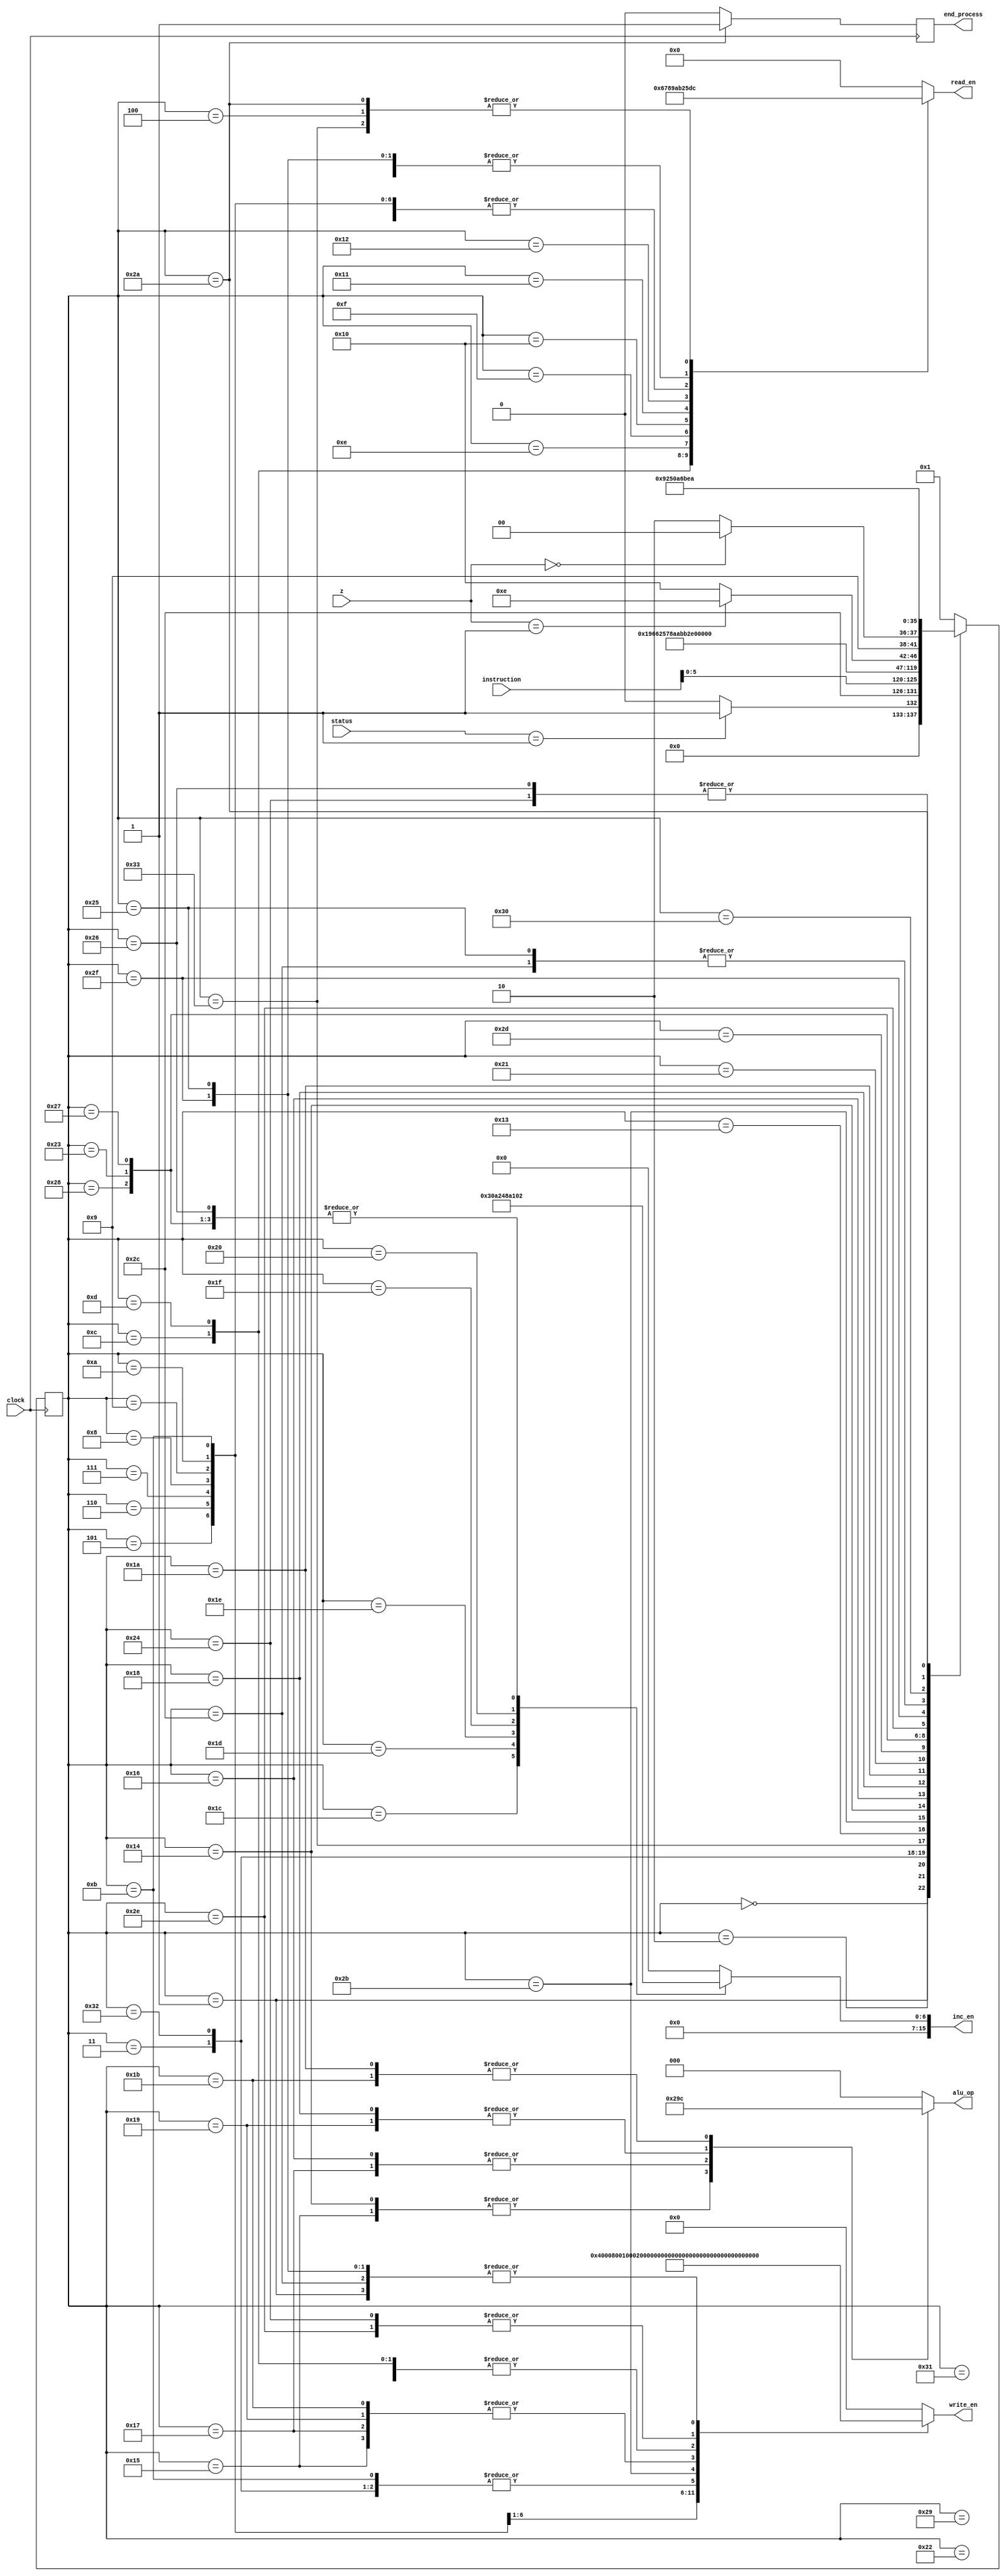
//Control unit

module control(input clock, 
					input [15:0] z, 
					input [15:0] instruction,
					output reg [2:0] alu_op, 
					output reg [15:0] write_en, 
					output reg [15:0] inc_en, 
					output reg [3:0] read_en,
					output reg end_process, 
					input [1:0] status ); 
					 
reg [5:0] present = 6'd0; 
reg [5:0] next = 6'd0; 

parameter 
fetch1 = 6'd1, 
fetch2 = 6'd2, 
loadac1 = 6'd3, 
loadac2 = 6'd4, 
loadac1x = 6'd50, 
loadac2x = 6'd51, 
movacr = 6'd5, 
movacr1 = 6'd6, 
movacr2 = 6'd7, 
movacr3 = 6'd8, 
movacr4 = 6'd9, 
movacr5 = 6'd10, 
movacdar = 6'd11, 
movrac = 6'd12, 
movr1ac = 6'd13, 
movr2ac = 6'd14, 
movr3ac = 6'd15, 
movr4ac = 6'd16, 
movr5ac = 6'd17, 
movdarac = 6'd18, 
stac = 6'd19, 
stacx = 6'd49, 
stacy = 6'd52, 
add1 = 6'd20, 
add2 = 6'd21, 
sub1 = 6'd22, 
sub2 = 6'd23, 
lshift1 = 6'd24, 
lshift2 = 6'd25, 
rshift1 = 6'd26,
rshift2 = 6'd27, 
incac = 6'd28, 
incdar = 6'd29, 
incr1 = 6'd30, 
incr2 = 6'd31, 
incr3 = 6'd32, 
loadim1 = 6'd33, 
loadim2 = 6'd34, 
loadimx = 6'd45, 
jumpz1 = 6'd35, 
jumpz2 = 6'd36, 
jumpz3 = 6'd37, 
jumpz4 = 6'd38, 
jumpz2x = 6'd46, 
jumpz3x = 6'd47, 
jumpz4x = 6'd48, 
jumpnz1 = 6'd39, 
jump1 = 6'd40, 
nop = 6'd41, 
endop = 6'd42, 
fetchx = 6'd44, 
stac2 = 6'd43, 
idle = 6'd0; 

always @(posedge clock) 
		present <= next; 
		
always @(posedge clock) 
		begin 
				if (present == endop) 
						end_process <= 1'd1; 
				else 
						end_process <= 1'd0; 
		end 

always @(present or z or instruction or status) 
		case(present) 
				idle: begin 
				read_en <= 4'd0; 
				write_en <= 16'b0000000000000000; 
				inc_en <= 16'b0000000000000000; 
				alu_op <= 3'd0; 
				if (status == 2'b01) 
						next <= fetch1; 
				else
						next <= idle; 
				end 
				
				fetch1: begin 
				read_en <= 4'd13; 
				write_en <= 16'b0000000000010000; 
				inc_en <= 16'b0000000000000000; 
				alu_op <= 3'd0; 
				next <= fetchx; 
				end 
				
				fetchx: begin 
				read_en <= 4'd13; 
				write_en <= 16'b0000000000010000; 
				inc_en <= 16'b0000000000000000; 
				alu_op <= 3'd0; 
				next <= fetch2; 
				end 
				
				fetch2: begin 
				read_en <= 4'd13; 
				write_en <= 16'b0000000000000000; 
				inc_en <= 16'b0000000000000000; 
				alu_op <= 3'd0; 
				next <= instruction[5:0]; 
				end 
				
				loadac1: begin // ac to bus bus to dar 
				read_en <= 4'd5; 
				write_en <= 16'b0000000000000100; 
				inc_en <= 16'b0000000000000000; 
				alu_op <= 3'd0; 
				next <= loadac1x; 
				end 
				
				/*loadac2: begin // ac to bus bus to dar 
				read_en <= 4'd5; 
				write_en <= 16'b0000000000000000; 
				alu_op <= 3'd0; 
				next <= loadac3; 
				end*/ 
				
				/*loadac3: begin 
				read_en <= 4'd12; 
				write_en <= 16'b0000000000100000; // d mem to bus bus to ac 
				alu_op <= 3'd0; 
				next <= loadac4; 
				end*/ 
				
				loadac1x: begin // ac to bus bus to dar 
				read_en <= 4'd5; 
				write_en <= 16'b0000000000000100; 
				inc_en <= 16'b0000000000000000;
				alu_op <= 3'd0; 
				next <= loadac2x; 
				end 
				
				loadac2x: begin 
				read_en <= 4'd12; 
				write_en <= 16'b0000000000100000; // d mem to bus bus to ac 
				inc_en <= 16'b0000000000000000; 
				alu_op <= 3'd0; 
				next <= loadac2; 
				end 
				
				loadac2: begin 
				read_en <= 4'd12; 
				write_en <= 16'b0000000000100000; // d mem to bus bus to ac 
				inc_en <= 16'b0000000000000010; 
				alu_op <= 3'd0; 
				next <= fetch1; 
				end 
				
				movacr: begin 
				read_en <= 4'd5; 
				write_en <= 16'b0000000001000000; 
				inc_en <= 16'b0000000000000010; 
				alu_op <= 3'd0; 
				next <= fetch1; 
				end 
				
				movacr1: begin 
				read_en <= 4'd5; 
				write_en <= 16'b0000000010000000; 
				inc_en <= 16'b0000000000000010; 
				alu_op <= 3'd0; 
				next <= fetch1; 
				end 
				
				movacr2: begin 
				read_en <= 4'd5; 
				write_en <= 16'b0000000100000000; 
				inc_en <= 16'b0000000000000010; 
				alu_op <= 3'd0; 
				next <= fetch1; 
				end 
				
				movacr3: begin 
				read_en <= 4'd5; 
				write_en <= 16'b0000001000000000; 
				inc_en <= 16'b0000000000000010; 
				alu_op <= 3'd0; 
				next <= fetch1; 
				end 
				
				movacr4: begin 
				read_en <= 4'd5; 
				write_en <= 16'b0000010000000000;
				inc_en <= 16'b0000000000000010; 
				alu_op <= 3'd0; 
				next <= fetch1; 
				end 
				
				movacr5: begin 
				read_en <= 4'd5; 
				write_en <= 16'b0000100000000000; 
				inc_en <= 16'b0000000000000010; 
				alu_op <= 3'd0; 
				next <= fetch1; 
				end 
				
				movacdar: begin 
				read_en <= 4'd5; 
				write_en <= 16'b0000000000000100; 
				inc_en <= 16'b0000000000000010; 
				alu_op <= 3'd0; 
				next <= fetch1; 
				end 
				
				movrac: begin 
				read_en <= 4'd6; 
				write_en <= 16'b0000000000100000; 
				inc_en <= 16'b0000000000000010; 
				alu_op <= 3'd0; 
				next <= fetch1; 
				end 
				
				movr1ac: begin 
				read_en <= 4'd7; 
				write_en <= 16'b0000000000100000; 
				inc_en <= 16'b0000000000000010; 
				alu_op <= 3'd0; 
				next <= fetch1; 
				end 
				
				movr2ac: begin 
				read_en <= 4'd8; 
				write_en <= 16'b0000000000100000; 
				inc_en <= 16'b0000000000000010; 
				alu_op <= 3'd0; 
				next <= fetch1; 
				end 
				
				movr3ac: begin 
				read_en <= 4'd9; 
				write_en <= 16'b0000000000100000; 
				inc_en <= 16'b0000000000000010; 
				alu_op <= 3'd0; 
				next <= fetch1; 
				end 
				
				movr4ac: begin 
				read_en <= 4'd10; 
				write_en <= 16'b0000000000100000; 
				inc_en <= 16'b0000000000000010;
				alu_op <= 3'd0; 
				next <= fetch1; 
				end 
				
				movr5ac: begin 
				read_en <= 4'd11; 
				write_en <= 16'b0000000000100000; 
				inc_en <= 16'b0000000000000010; 
				alu_op <= 3'd0; 
				next <= fetch1; 
				end 
				
				movdarac: begin 
				read_en <= 4'd2; 
				write_en <= 16'b0000000000100000; 
				inc_en <= 16'b0000000000000010; 
				alu_op <= 3'd0; 
				next <= fetch1; 
				end 
				
				stac: begin 
				read_en <= 4'd5; 
				write_en <= 16'b0000000000000000; 
				inc_en <= 16'b0000000000000000; 
				alu_op <= 3'd0; 
				next <= stac2; 
				end 
				
				stac2: begin 
				read_en <= 4'd5; 
				write_en <= 16'b0001000000000000; 
				inc_en <= 16'b0000000000000000; 
				alu_op <= 3'd0; 
				next <= stacx; 
				end 
				
				stacx: begin 
				read_en <= 4'd5; 
				write_en <= 16'b0000000000000000; 
				inc_en <= 16'b0000000000000010; 
				alu_op <= 3'd0; 
				next <= fetch1; 
				end 
				
				add1: begin 
				read_en <= 4'd0; 
				write_en <= 16'b0000000000000000; 
				inc_en <= 16'b0000000000000000; 
				alu_op <= 3'd1; 
				next <= add2; 
				end 
				
				add2: begin 
				read_en <= 4'd0; 
				write_en <= 16'b1100000000000000; 
				inc_en <= 16'b0000000000000010;
				alu_op <= 3'd1; 
				next <= fetch1; 
				end 
				
				sub1: begin 
				read_en <= 4'd0; 
				write_en <= 16'b0000000000000000; 
				inc_en <= 16'b0000000000000000; 
				alu_op <= 3'd2; 
				next <= sub2; 
				end 
				
				sub2: begin 
				read_en <= 4'd0; 
				write_en <= 16'b1100000000000000; 
				inc_en <= 16'b0000000000000010; 
				alu_op <= 3'd2; 
				next <= fetch1; 
				end 
				
				lshift1: begin 
				read_en <= 4'd0; 
				write_en <= 16'b0000000000000000; 
				inc_en <= 16'b0000000000000000; 
				alu_op <= 3'd3; 
				next <= lshift2; 
				end 
				
				lshift2: begin 
				read_en <= 4'd0; 
				write_en <= 16'b1100000000000000; 
				inc_en <= 16'b0000000000000010; 
				alu_op <= 3'd3; 
				next <= fetch1; 
				end 
				
				rshift1: begin 
				read_en <= 4'd0; 
				write_en <= 16'b0000000000000000; 
				inc_en <= 16'b0000000000000000; 
				alu_op <= 3'd4; 
				next <= rshift2; 
				end 
				
				rshift2: begin 
				read_en <= 4'd0; 
				write_en <= 16'b1100000000000000; 
				inc_en <= 16'b0000000000000010; 
				alu_op <= 3'd4; 
				next <= fetch1; 
				end 
				
				incac: begin 
				read_en <= 4'd0; 
				write_en <= 16'b0000000000000000; 
				inc_en <= 16'b0000000000000110; 
				alu_op <= 3'd0;
				next <= fetch1; 
				end 
				
				incdar: begin 
				read_en <= 4'd0; 
				write_en <= 16'b0000000000000000; 
				inc_en <= 16'b0000000000001010; 
				alu_op <= 3'd0; 
				next <= fetch1; 
				end 
				
				incr1: begin 
				read_en <= 4'd0; 
				write_en <= 16'b0000000000000000; 
				inc_en <= 16'b0000000000010010; 
				alu_op <= 3'd0; 
				next <= fetch1; 
				end 
				
				incr2: begin 
				read_en <= 4'd0; 
				write_en <= 16'b0000000000000000; 
				inc_en <= 16'b0000000000100010; 
				alu_op <= 3'd0; 
				next <= fetch1; 
				end 
				
				incr3: begin 
				read_en <= 4'd0; 
				write_en <= 16'b0000000000000000; 
				inc_en <= 16'b0000000001000010; 
				alu_op <= 3'd0; 
				next <= fetch1; 
				end 
				
				loadim1: begin 
				read_en <= 4'd0; 
				write_en <= 16'b0000000000000000; 
				inc_en <= 16'b0000000000000010; 
				alu_op <= 3'd0; 
				next <= loadimx; 
				end 
				
				loadimx: begin 
				read_en <= 4'd13; 
				write_en <= 16'b0000000000000000; 
				inc_en <= 16'b0000000000000000; 
				alu_op <= 3'd0; 
				next <= loadim2; 
				end 
				
				loadim2: begin 
				read_en <= 4'd13; 
				write_en <= 16'b0000000000100000; 
				inc_en <= 16'b0000000000000010; 
				alu_op <= 3'd0; 
				next <= fetch1;
				end 
				
				jump1: begin 
				read_en <= 4'd0; 
				write_en <= 16'b0000000000000000; 
				inc_en <= 16'b0000000000000010; 
				alu_op <= 3'd0; 
				next <= jumpz2x; 
				end 
				
				jumpz1: begin 
				read_en <= 4'd0; 
				write_en <= 16'b0000000000000000; 
				inc_en <= 16'b0000000000000010; 
				alu_op <= 3'd0; 
				if (z == 1) 
						next <= jumpz2x; 
				else 
						next <= jumpz4x; 
				end 
				
				jumpnz1: begin 
				read_en <= 4'd0; 
				write_en <= 16'b0000000000000000; 
				inc_en <= 16'b0000000000000010; 
				alu_op <= 3'd0; 
				if (z == 0 ) 
						next <= jumpz2; 
				else 
						next <= jumpz4; 
				end 
				
				jumpz2x: begin 
				read_en <= 4'd13; 
				write_en <= 16'b0000000000000010; 
				inc_en <= 16'b0000000000000000; 
				alu_op <= 3'd0; 
				next <= jumpz2; 
				end 
				
				jumpz2: begin 
				read_en <= 4'd13; 
				write_en <= 16'b0000000000000010; 
				inc_en <= 16'b0000000000000000; 
				alu_op <= 3'd0; 
				next <= jumpz3x; 
				end 
				
				jumpz3x: begin 
				read_en <= 4'd13; 
				write_en <= 16'b0000000000010000; 
				inc_en <= 16'b0000000000000000; 
				alu_op <= 3'd0; 
				next <= jumpz3; 
				end
				
				jumpz3: begin 
				read_en <= 4'd13; 
				write_en <= 16'b0000000000010000; 
				inc_en <= 16'b0000000000000000; 
				alu_op <= 3'd0; 
				next <= fetch2; 
				end 
				
				jumpz4x: begin 
				read_en <= 4'd0; 
				write_en <= 16'b0000000000000000; 
				inc_en <= 16'b0000000000000000; 
				alu_op <= 3'd0; 
				next <= jumpz4; 
				end 
				
				jumpz4: begin 
				read_en <= 4'd0; 
				write_en <= 16'b0000000000000000; 
				inc_en <= 16'b0000000000000010; 
				alu_op <= 3'd0; 
				next <= jumpz3x; 
				end 
				
				nop: begin 
				read_en <= 4'd0; 
				write_en <= 16'b0000000000000000; 
				inc_en <= 16'b0000000000000010; 
				alu_op <= 3'd0; 
				next <= fetch1; 
				end 
				
				endop: begin 
				read_en <= 4'd12; 
				write_en <= 16'b0000000000000000; 
				inc_en <= 16'b0000000000000000; 
				alu_op <= 3'd0; 
				next <= endop; 
				end 
				
				default: begin 
				read_en <= 4'd0; 
				write_en <= 16'b0000000000000000; 
				inc_en <= 16'b0000000000000000; 
				alu_op <= 3'd0; 
				next <= fetch1; 
				end 
		endcase 

endmodule